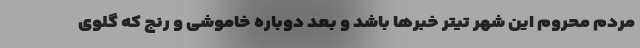
مردم محروم این شهر تیتر خبر‌ها باشد و بعد دوباره خاموشی و رنج که گلوی